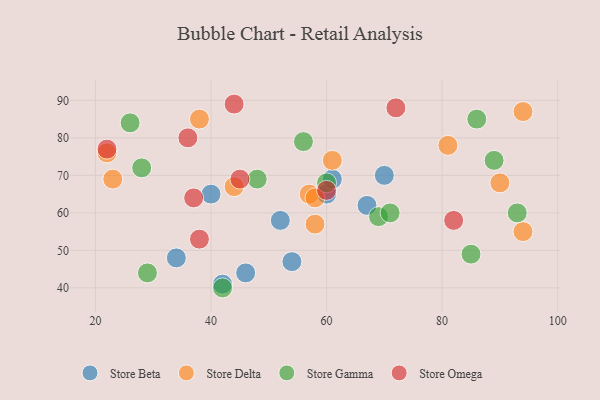
{"axis": {"x": "GDP", "y": "Life Expectancy"}, "legend": ["Store Beta", "Store Delta", "Store Gamma", "Store Omega"], "data": [{"x": "54", "y": 47, "type": "Store Beta"}, {"x": "46", "y": 44, "type": "Store Beta"}, {"x": "52", "y": 58, "type": "Store Beta"}, {"x": "42", "y": 41, "type": "Store Beta"}, {"x": "67", "y": 62, "type": "Store Beta"}, {"x": "70", "y": 70, "type": "Store Beta"}, {"x": "60", "y": 65, "type": "Store Beta"}, {"x": "40", "y": 65, "type": "Store Beta"}, {"x": "61", "y": 69, "type": "Store Beta"}, {"x": "34", "y": 48, "type": "Store Beta"}, {"x": "81", "y": 78, "type": "Store Delta"}, {"x": "44", "y": 67, "type": "Store Delta"}, {"x": "90", "y": 68, "type": "Store Delta"}, {"x": "94", "y": 87, "type": "Store Delta"}, {"x": "61", "y": 74, "type": "Store Delta"}, {"x": "57", "y": 65, "type": "Store Delta"}, {"x": "38", "y": 85, "type": "Store Delta"}, {"x": "22", "y": 76, "type": "Store Delta"}, {"x": "94", "y": 55, "type": "Store Delta"}, {"x": "58", "y": 64, "type": "Store Delta"}, {"x": "23", "y": 69, "type": "Store Delta"}, {"x": "58", "y": 57, "type": "Store Delta"}, {"x": "86", "y": 85, "type": "Store Gamma"}, {"x": "42", "y": 40, "type": "Store Gamma"}, {"x": "60", "y": 68, "type": "Store Gamma"}, {"x": "56", "y": 79, "type": "Store Gamma"}, {"x": "28", "y": 72, "type": "Store Gamma"}, {"x": "93", "y": 60, "type": "Store Gamma"}, {"x": "85", "y": 49, "type": "Store Gamma"}, {"x": "29", "y": 44, "type": "Store Gamma"}, {"x": "48", "y": 69, "type": "Store Gamma"}, {"x": "89", "y": 74, "type": "Store Gamma"}, {"x": "69", "y": 59, "type": "Store Gamma"}, {"x": "26", "y": 84, "type": "Store Gamma"}, {"x": "71", "y": 60, "type": "Store Gamma"}, {"x": "72", "y": 88, "type": "Store Omega"}, {"x": "44", "y": 89, "type": "Store Omega"}, {"x": "82", "y": 58, "type": "Store Omega"}, {"x": "38", "y": 53, "type": "Store Omega"}, {"x": "36", "y": 80, "type": "Store Omega"}, {"x": "37", "y": 64, "type": "Store Omega"}, {"x": "45", "y": 69, "type": "Store Omega"}, {"x": "22", "y": 77, "type": "Store Omega"}, {"x": "60", "y": 66, "type": "Store Omega"}]}